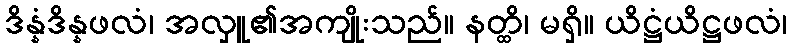
ဒိန္နံဒိန္နဖလံ၊ အလှူ၏အကျိုးသည်။ နတ္ထိ၊ မရှိ။ ယိဋ္ဌံယိဋ္ဌဖလံ၊